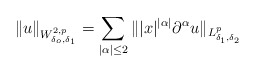
\begin{align*}\|u\|_{W^{2,p}_{\delta_o,\delta_1}}=\sum_{|\alpha|\leq 2} \| |x|^{|\alpha|}\partial^\alpha u\|_{L^p_{\delta_1,\delta_2}}\end{align*}